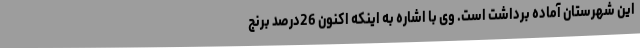
این شهرستان آماده برداشت است. وی با اشاره به اینکه اکنون 26درصد برنج